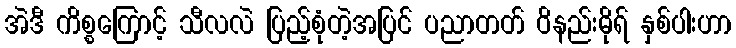
အဲဒီ ကိစ္စကြောင့် သီလလဲ ပြည့်စုံတဲ့အပြင် ပညာတတ် ဝိနည်းဓိုရ် နှစ်ပါးဟာ